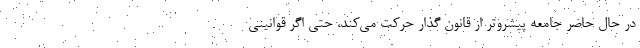
در حال حاضر جامعه پیشروتر از قانون گذار حرکت می‌کند، حتی اگر قوانینی